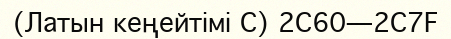
(Латын кеңейтімі C) 2C60—2C7F